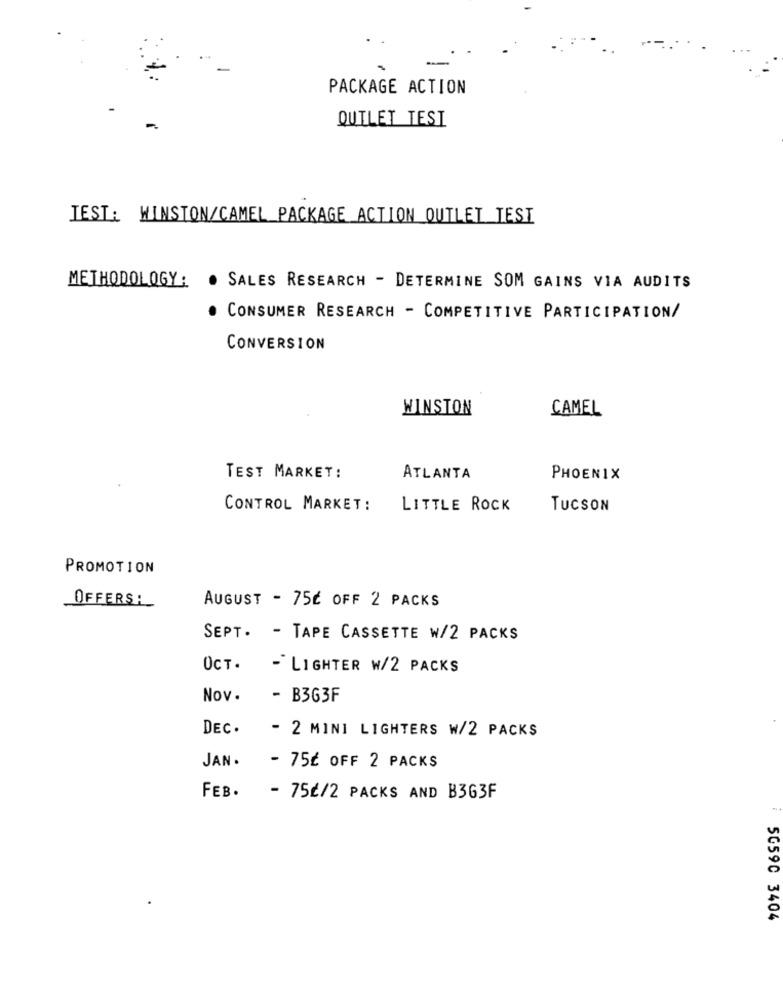
PACKAGE ACTION
QUILET TESI
IEST: WINSTON/CAMEL PACKAGE ACTION OUTLET TESI
METHODOLOGY:
· SALES RESEARCH - DETERMINE SOM GAINS VIA AUDITS
CONSUMER RESEARCH - COMPETITIVE PARTICIPATION/
CONVERSION
WINSTON
CAMEL
TEST MARKET:
ATLANTA
PHOENIX
CONTROL MARKET:
LITTLE ROCK
TUCSON
PROMOTION
AUGUST - 75€ OFF 2 PACKS
OFFERS:
SEPT. - TAPE CASSETTE W/2 PACKS
OCT.
- LIGHTER W/2 PACKS
Nov.
- B3G3F
DEC.
- 2 MINI LIGHTERS W/2 PACKS
JAN .
- 75É OFF 2 PACKS
FEB.
- 75€/2 PACKS AND B3G3F
50590 3404